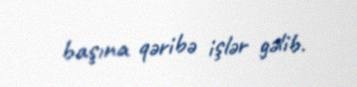
başına qəribə işlər gəlib.